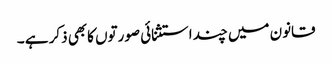
قانون میں چند استثنائی صورتوں کابھی ذکر ہے ۔